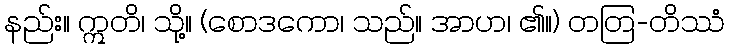
နည်း။ ဣတိ၊ သို့။ (စောဒကော၊ သည်။ အာဟ၊ ၏။) တတြ-တိဿံ